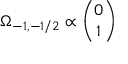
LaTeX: \Omega _ { - 1 , - 1 / 2 } \propto { \binom { 0 } { 1 } }